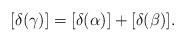
LaTeX: \begin{align*}[\delta(\gamma)] = [\delta(\alpha)] + [\delta(\beta)].\end{align*}